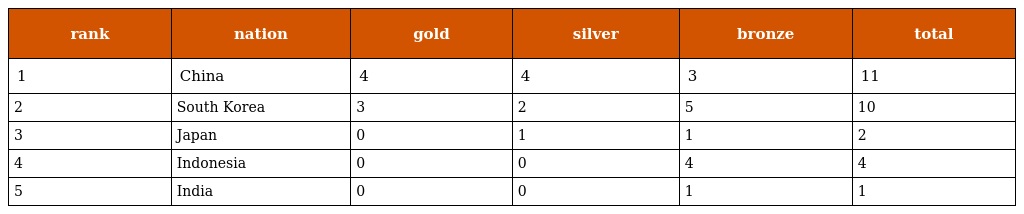
| rank | nation | gold | silver | bronze | total |
 | --- | --- | --- | --- | --- | --- |
 | 1 | China | 4 | 4 | 3 | 11 |
 | 2 | South Korea | 3 | 2 | 5 | 10 |
 | 3 | Japan | 0 | 1 | 1 | 2 |
 | 4 | Indonesia | 0 | 0 | 4 | 4 |
 | 5 | India | 0 | 0 | 1 | 1 |